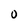
Character: O